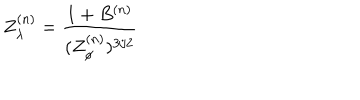
LaTeX: Z _ { \lambda } ^ { ( n ) } = \frac { 1 + B ^ { ( n ) } } { ( Z _ { \phi } ^ { ( n ) } ) ^ { 3 / 2 } }